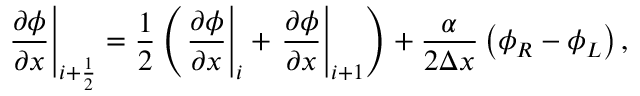
\left. \frac { \partial \phi } { \partial x } \right| _ { i + \frac { 1 } { 2 } } = \frac { 1 } { 2 } \left( \left. \frac { \partial \phi } { \partial x } \right| _ { i } + \left. \frac { \partial \phi } { \partial x } \right| _ { i + 1 } \right) + \frac { \alpha } { 2 \Delta x } \left( \phi _ { R } - \phi _ { L } \right) ,